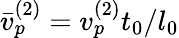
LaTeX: \bar{v}_{p}^{(2)}=v_{p}^{(2)}t_{0}/l_{0}